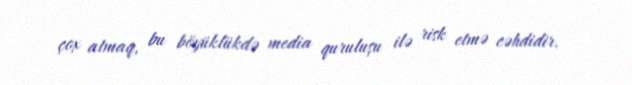
çox atmaq, bu böyüklükdə media quruluşu ilə risk etmə cəhdidir.